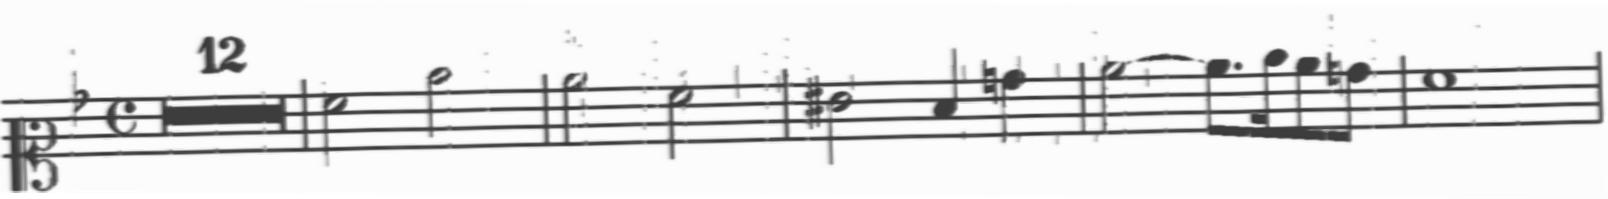
Transcription: clef-C1 keySignature-FM timeSignature-C multirest-12 barline note-A4_half note-D5_half barline note-C5_half note-A4_half barline note-G#4_half note-F4_quarter note-B4_quarter barline note-C5_half tie note-C5_eighth. note-D5_sixteenth note-C5_eighth note-B4_eighth barline note-A4_whole barline